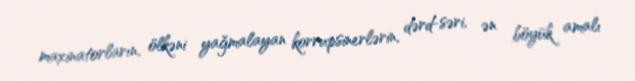
maxinatorların, ölkəni yağmalayan korrupsinerlərin, dərd-səri, ən böyük amalı